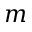
m